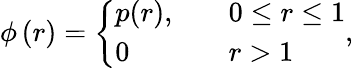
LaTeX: \phi\left(r\right)=\left\{ \begin{array}{ll}{p(r),}&{\quad 0\leq r\leq 1}\\ {0}&{\quad r>1}\end{array}\right.,